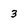
Character: 3